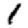
Digit: 1